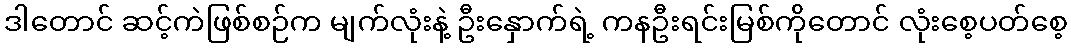
ဒါတောင် ဆင့်ကဲဖြစ်စဉ်က မျက်လုံးနဲ့ ဦးနှောက်ရဲ့ ကနဦးရင်းမြစ်ကိုတောင် လုံးစေ့ပတ်စေ့